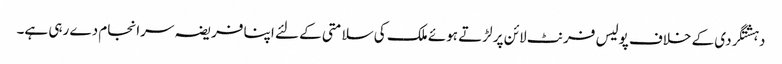
دہشتگردی کے خلاف پولیس فرنٹ لائن پر لڑتے ہوئے ملک کی سلامتی کے لئے اپنا فریضہ سرانجام دے رہی ہے۔